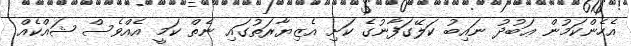
އެހެންކަމުން ޢަބުދު ނައިބު ކަލޭގަފާނުގެ ކަށި އެޒިޔާރަތުގައި ނެތް ކަމީ އެއްވެސް ޝައްކެއް